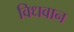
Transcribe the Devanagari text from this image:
विधवान